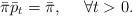
LaTeX: \begin{align*}\bar \pi\bar p_t = \bar \pi,~~~~\forall t>0.\end{align*}